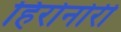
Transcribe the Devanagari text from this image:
हिरोनोरी